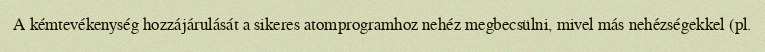
A kémtevékenység hozzájárulását a sikeres atomprogramhoz nehéz megbecsülni, mivel más nehézségekkel (pl.